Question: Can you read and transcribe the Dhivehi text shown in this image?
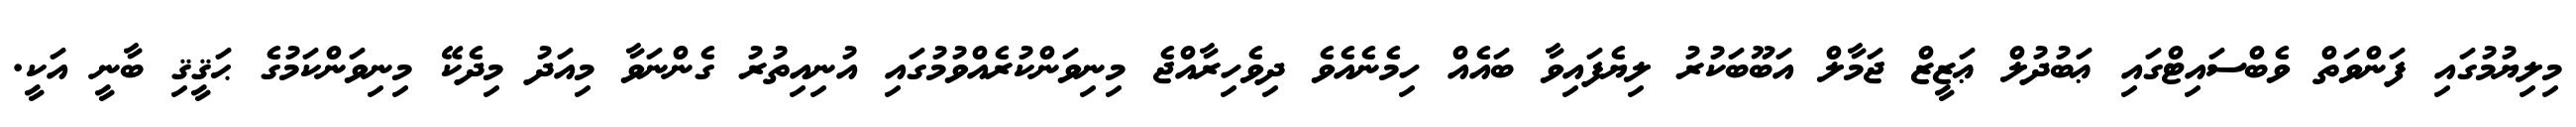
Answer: މިލިޔުމުގައި ފަންވަތް ވެބްސައިޓްގައި ޢަބުދުލް ޢަޒީޒް ޖަމާލް އަބޫބަކުރު ލިޔެފައިވާ ބައެއް ހިމެނެއެވެ ދިވެހިރާއްޖެ މިނިވަންކުރެއްވުމުގައި އުނިއިތުރު ގެންނަވާ މިއަދު މިދެކޭ މިނިވަންކަމުގެ ޙަޤީޤި ބާނީ އަކީ.